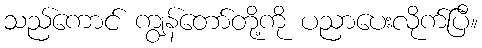
သည်ကောင် ကျွန်တော်တို့ကို ပညာပေးလိုက်ပြီ။